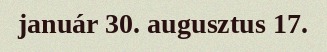
január 30. augusztus 17.